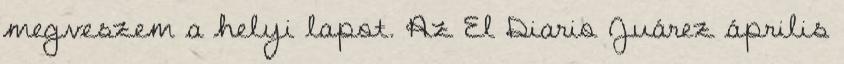
megveszem a helyi lapot. Az El Diario Juárez április